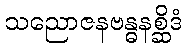
သညောဇနဗန္ဓနစ္ဆိဒံ